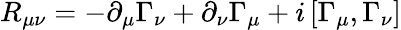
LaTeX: R_{\mu\nu}=-\partial_{\mu}\Gamma_{\nu}+\partial_{\nu}\Gamma_{\mu}+i\left[\Gamma_{\mu},\Gamma_{\nu}\right]